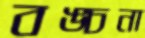
বঙ্চনা